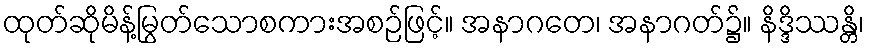
ထုတ်ဆိုမိန့်မြွတ်သောစကားအစဉ်ဖြင့်။ အနာဂတေ၊ အနာဂတ်၌။ နိဒ္ဒိဿန္တိ၊